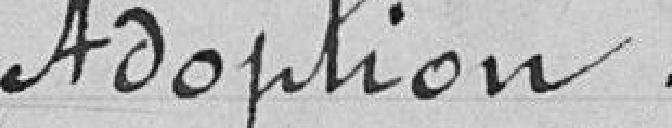
Adoption